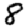
Digit: 8